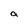
Character: a